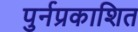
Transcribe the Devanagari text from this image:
पुर्नप्रकाशित